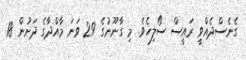
ގެނެސްދެއްވީ ރައީސް ސޯލިހެވެ. މި ގާނޫނުގެ 29 ވަނަ މާއްދާގެ ދަށުން 18